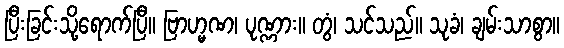
ပြီးခြင်းသို့ရောက်ပြီ။ ဗြာဟ္မဏ၊ ပုဏ္ဏား။ တွံ၊ သင်သည်။ သုခံ၊ ချမ်းသာစွာ။